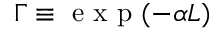
\Gamma \equiv \mathrm { ~ e ~ x ~ p ~ } ( - \alpha L )